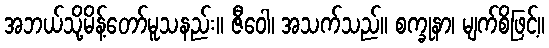
အဘယ်သို့မိန့်တော်မူသနည်း။ ဇီဝေါ၊ အသက်သည်။ စက္ခုနာ၊ မျက်စိဖြင့်။